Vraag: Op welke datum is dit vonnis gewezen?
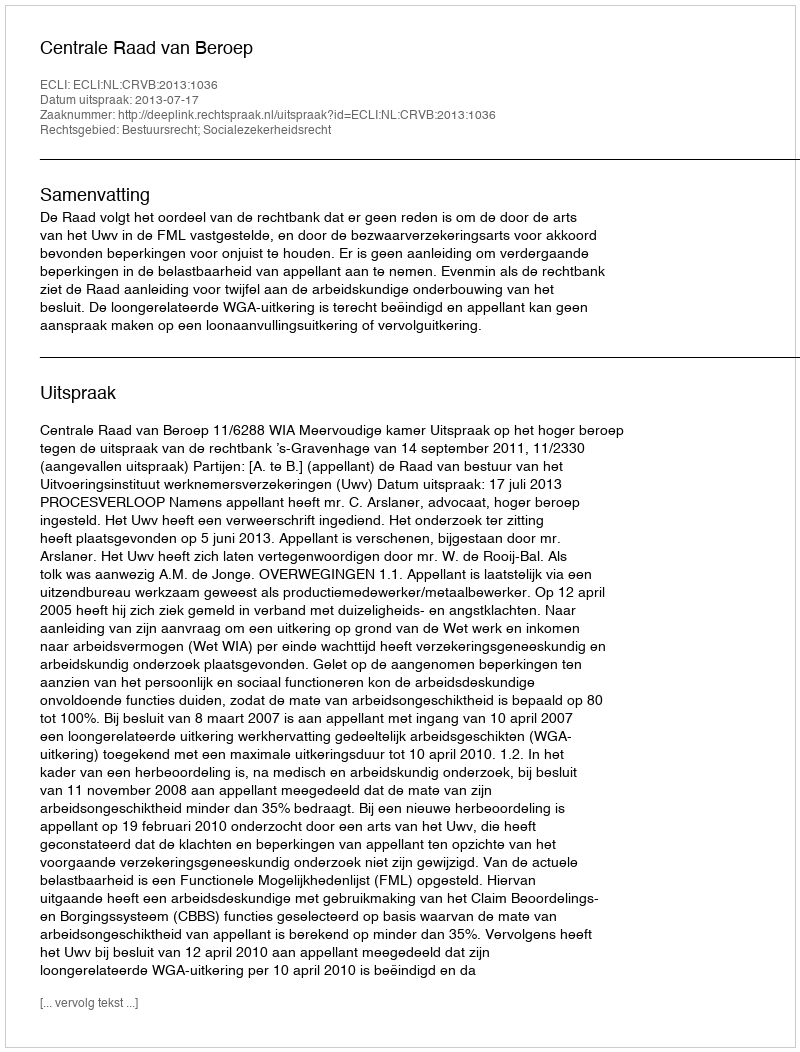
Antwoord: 2013-07-17